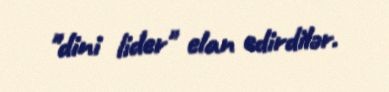
"dini lider" elan edirdilər.